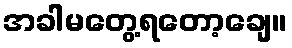
အခါမတွေ့ရတော့ချေ။